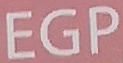
EGP